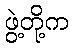
ဖွဲ့တို့က